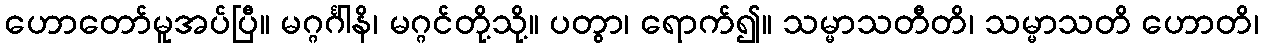
ဟောတော်မူအပ်ပြီ။ မဂ္ဂင်္ဂါနိ၊ မဂ္ဂင်တို့သို့။ ပတွာ၊ ရောက်၍။ သမ္မာသတီတိ၊ သမ္မာသတိ ဟောတိ၊